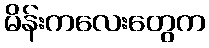
မိန်းကလေးတွေက